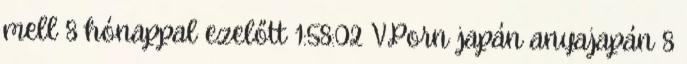
mell 8 hónappal ezelőtt 1:58:02 VPorn japán anyajapán 8